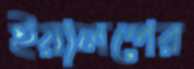
ইয়ালপের